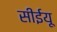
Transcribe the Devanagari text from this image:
सीईयू